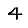
Digit: 4